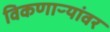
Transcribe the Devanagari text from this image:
विकणाऱ्यांवर